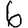
Digit: 6